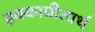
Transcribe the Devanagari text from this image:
हक्काप्रीत्यर्थ